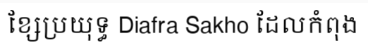
ខ្សែប្រយុទ្ធ Diafra Sakho ដែលកំពុង